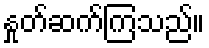
နှုတ်ဆက်ကြသည်။